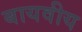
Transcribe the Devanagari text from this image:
बायवीय